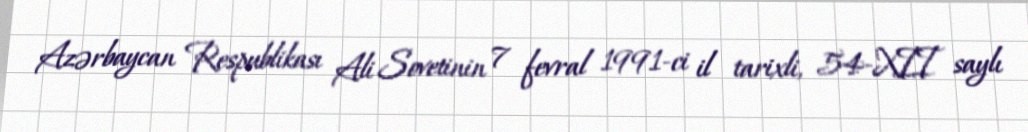
Azərbaycan Respublikası Ali Sovetinin 7 fevral 1991-ci il tarixli, 54-XII saylı